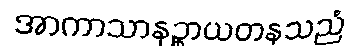
အာကာသာနဉ္စာယတနသညံ